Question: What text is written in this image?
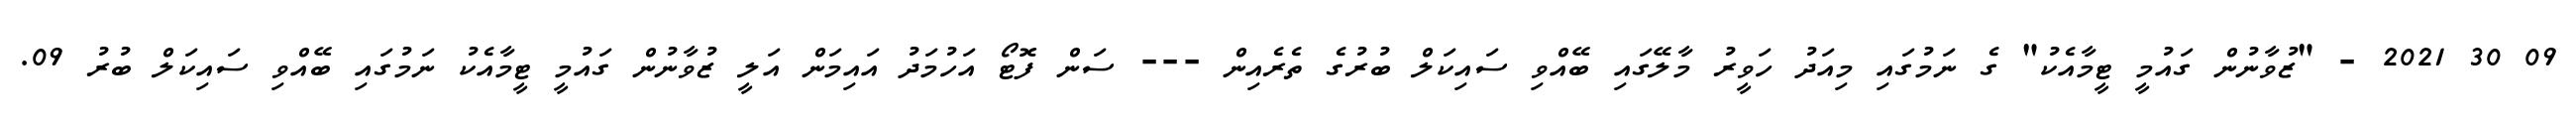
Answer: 09 30 2021 - "ޒުވާނުން ގައުމީ ޓީމާއެކު" ގެ ނަމުގައި މިއަދު ހަވީރު މާލޭގައި ބޭއްވި ސައިކަލް ބުރުގެ ތެރެއިން --- ސަން ފޮޓޯ އަހުމަދު އައިމަން އަލީ ޒުވާނުން ގައުމީ ޓީމާއެކު ނަމުގައި ބޭއްވި ސައިކަލް ބުރު 09.